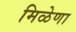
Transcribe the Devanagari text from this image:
मिळेणा